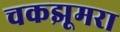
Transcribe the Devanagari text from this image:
चकझूमरा